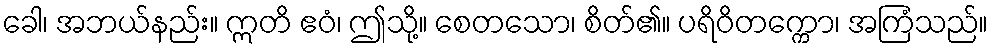
ခေါ၊ အဘယ်နည်း။ ဣတိ ဧဝံ၊ ဤသို့။ စေတသော၊ စိတ်၏။ ပရိဝိတက္ကော၊ အကြံသည်။